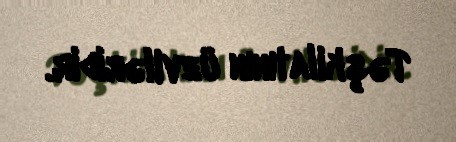
Təşkilatının üzviləridir.